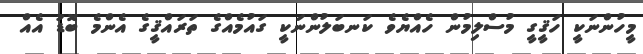
މީހުންނަކީ ހަޤީގީ މުސްލިމުން ހެއްޔެވެ ކަނބަލުންނަކީ ގައުމެއްގެ ތަރައްޤީގެ އެންމެ ބޮޑު އެއް